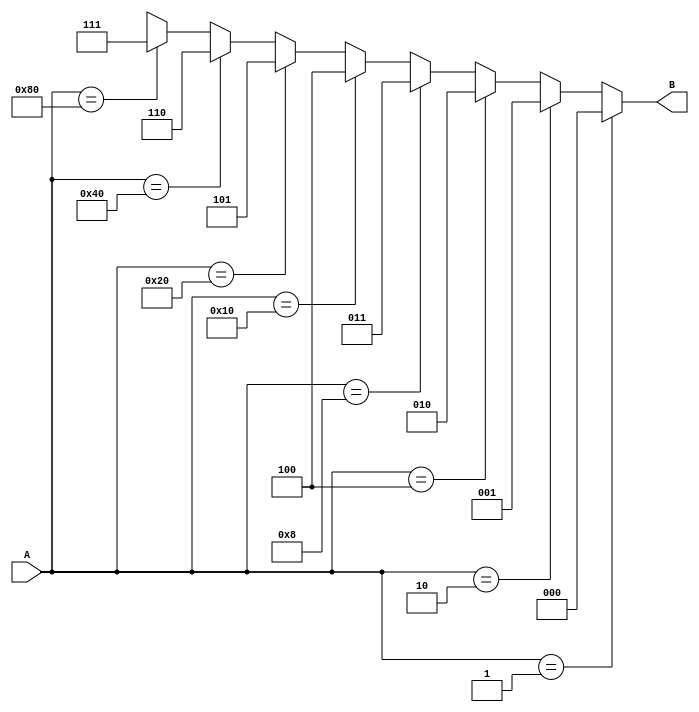
module encoder_rtl (A,B);

input [7:0]A; 
output reg [2:0]B ; 

always @(*) 
  begin 

if(A == 8'b00000001)
   
   B = 3'b000 ;
   
      
  else if(A == 8'b00000010)
   
   B = 3'b001 ;
   
  else if(A == 8'b00000100)
    
   B = 3'b010;
    
  else if(A == 8'b00001000)
   
   B = 3'b011 ;
  
    
  else if(A == 8'b00010000)
   
   B = 3'b100 ;
    
  else if(A == 8'b00100000)
   
   B = 3'b101 ;
   
    
  else if(A == 8'b01000000)
  
   B = 3'b110 ;
    
  else if(A == 8'b10000000)
  
   B = 3'b111 ;
    
  else
  B = 3'bxxx;
  
end

endmodule